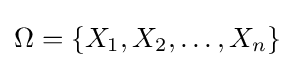
\Omega =\{X_{1},X_{2},\ldots ,X_{n}\}